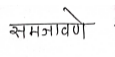
मजकूर: समजावणे